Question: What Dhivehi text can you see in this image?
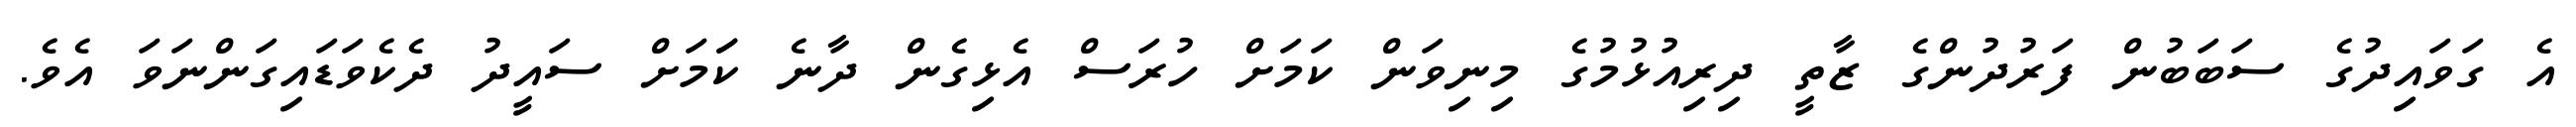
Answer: އެ ގަވައިދުގެ ސަބަބުން ފަރުދުންގެ ޒާތީ ދިރިއުޅުމުގެ މިނިވަން ކަމަށް ހުރަސް އެޅިގެން ދާނެ ކަަމަށް ސައީދު ދެކެވަޑައިގަންނަވަ އެވެ.